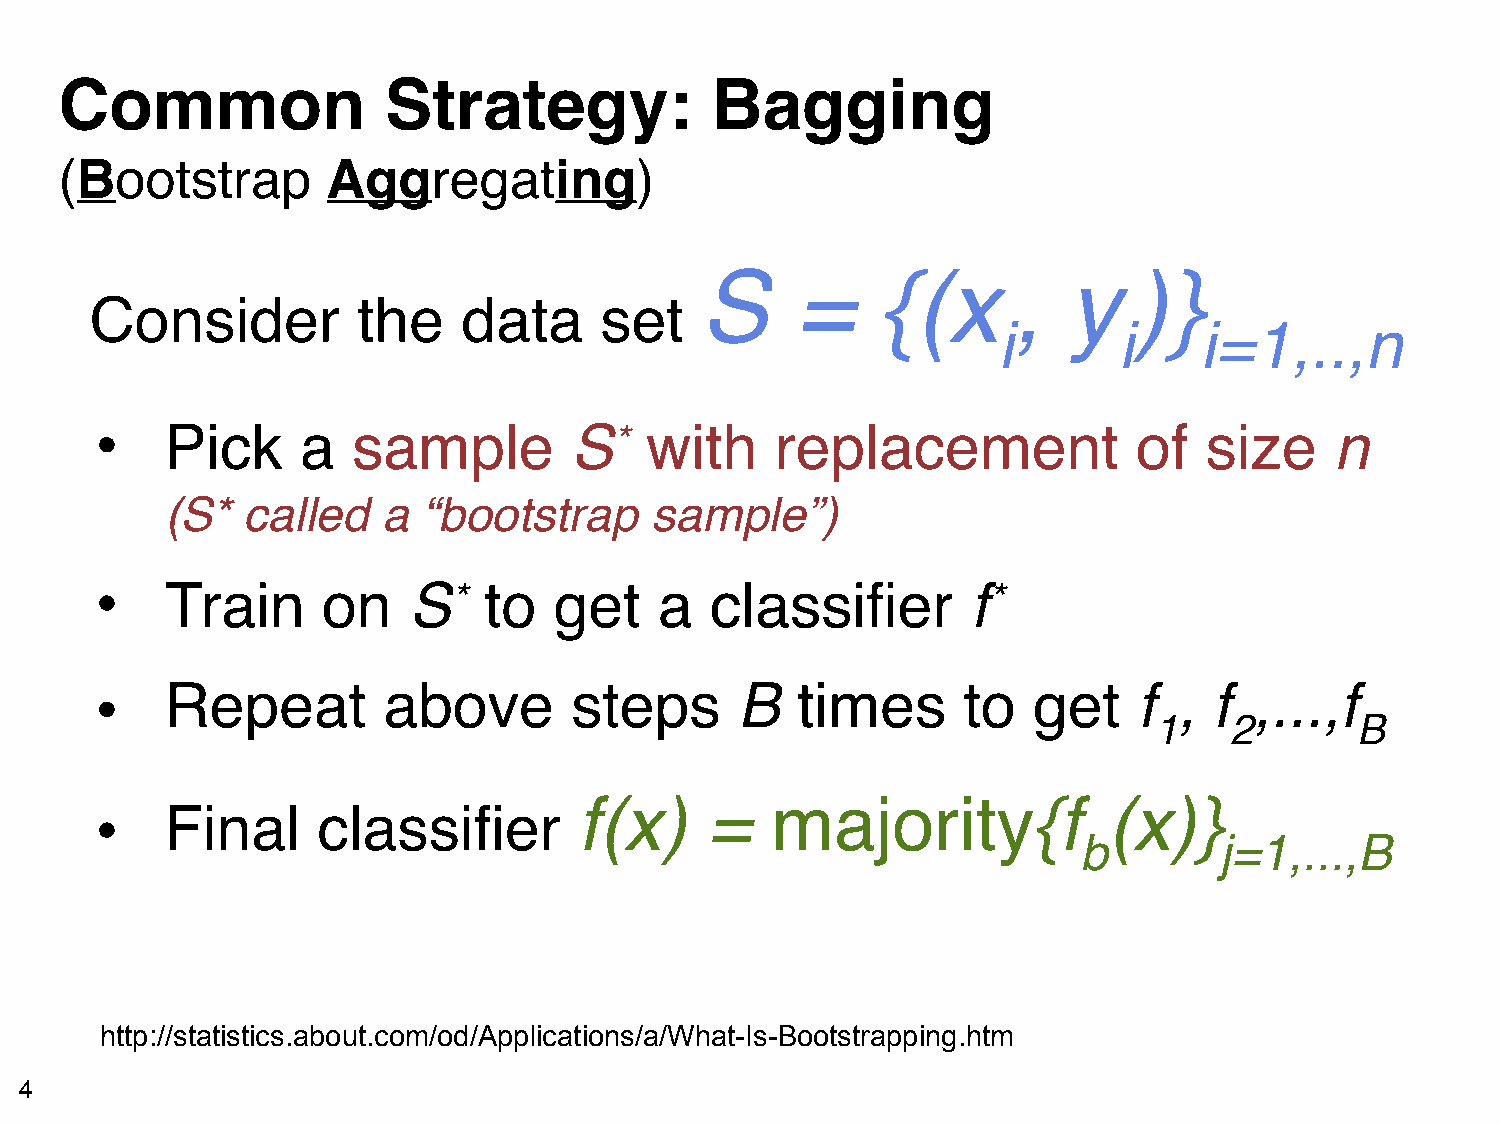
Common               Strategy:             Bagging
 (Bootstrap        Aggregating)
 S      =    {(x      ,   y   )}
 Consider          the    data     set
 i       i    i=1,..,n
 •    Pick     a  sample         S*   with    replacement             of   size    n
 (S*  called   a  “bootstrap     sample”)
 •    Train     on    S*   to   get    a  classifier       f*
 •    Repeat        above        steps      B   times      to  get    f  , f  ,...,f
 1    2        B
 f(x)     =   majority{f            (x)}
 •    Final     classifier
 b        j=1,...,B
 http://statistics.about.com/od/Applications/a/What-Is-Bootstrapping.htm
 4